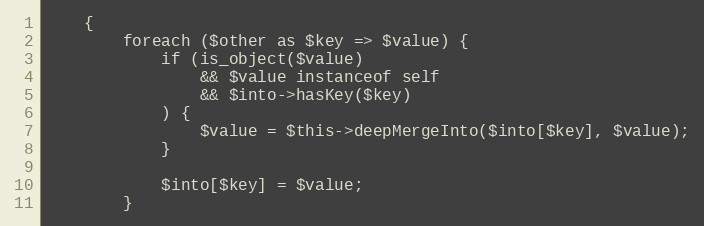
Language: PHP
    {
        foreach ($other as $key => $value) {
            if (is_object($value)
                && $value instanceof self
                && $into->hasKey($key)
            ) {
                $value = $this->deepMergeInto($into[$key], $value);
            }

            $into[$key] = $value;
        }